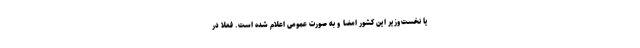
یا نخست‌وزیر این کشور امضا و به صورت عمومی اعلام شده است. فعلا در